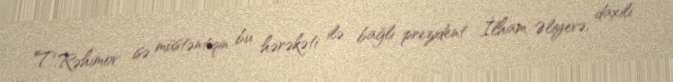
T.Rəhimov isə müstəntiqin bu hərəkəti ilə bağlı prezident İlham Əliyevə, daxili